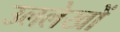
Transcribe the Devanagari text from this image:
उललेखों